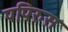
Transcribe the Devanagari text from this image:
पपिरुस